Leaving Certificate Examination, 1920
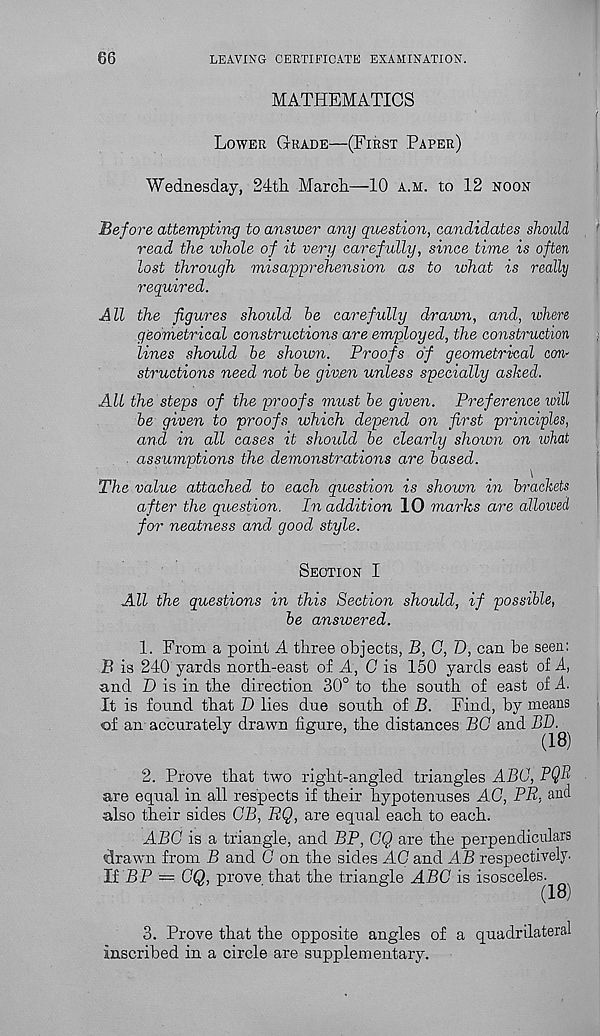
66
LEAVING CERTIFICATE EXAMINATION.
MATHEMATICS
Lower Grade—(First Paper)
Wednesday, 24tli March.—10 a.m. to 12 noon
Before attempting to answer any question, candidates should
read the whole of it very carefully, since time is often
lost through misapprehension as to what is really
required.
All the figures should he carefully drawn, and, where
geometrical constructions are employed, the construction
lines should he shown. Proofs of geometrical con-
structions need not he given unless specially ashed.
All the steps of the proofs must he given. Preference will
he given to proofs which depend on first principles,
and in all cases it should he clearly shown on what
assumptions the demonstrations are based.
\
The value attached to each question is shown in brackets
after the question. In addition 10 marks are allowed
for neatness and good style.
Section I
All the questions in this Section should, if possible,
he answered.
1. From a point A three objects, B, G, D, can be seen:
B is 240 yards north-east of A, G is 150 yards east of A,
and D is in the direction 30° to the south of east of A.
It is found that I) lies due south of B. Find, by means
of an accurately drawn figure, the distances BG and BD.
(18)
2. Prove that two right-angled triangles ABC, PQB
are equal in all respects if their hypotenuses AG, PR, and
also their sides GB, RQ, are equal each to each.
ABC is a triangle, and BP, GQ are the perpendiculars
(drawn from B and G on the sides AC and AB respectively.
It BP — GO, prove that the triangle ABC is isosceles.
(18)
3. Prove that the opposite angles of a quadrilateral
inscribed in a circle are supplementary.